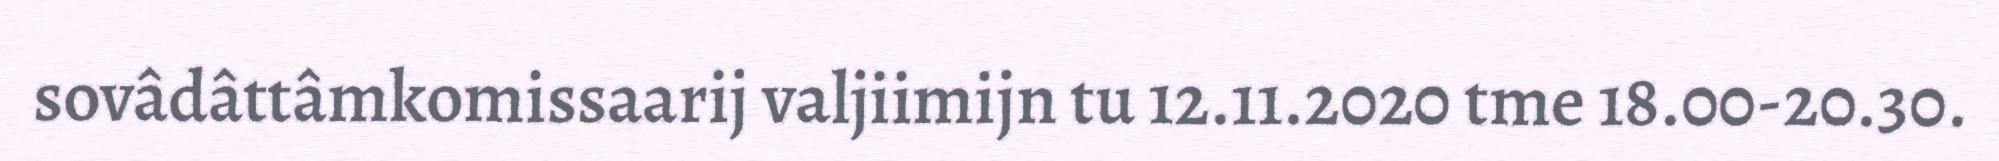
sovâdâttâmkomissaarij valjiimijn tu 12.11.2020 tme 18.00-20.30.